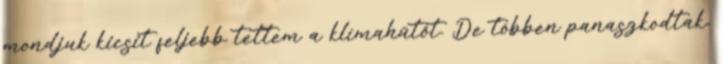
mondjuk kicsit feljebb tettem a klímahűtőt. De többen panaszkodtak,